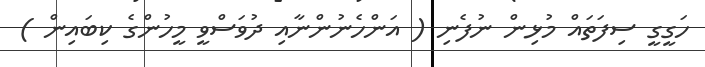
ހަގީގީ ސިފަތައް މުޅިން ނުފެނި ( އަންހެނުންނާއި ދުވަސްވީ މީހުންގެ ކިބައިން )